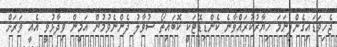
ޖެހިވަޑައިގެންފިނަމަ ހިޔާރުކުރައްވާނެ ކެންޑިޑޭޓަކީ ކޮބައިތޯ ސުވާލު ދެންނެވުމުން އަމީން ވިދާޅުވީ އެއީ ވަރަށް